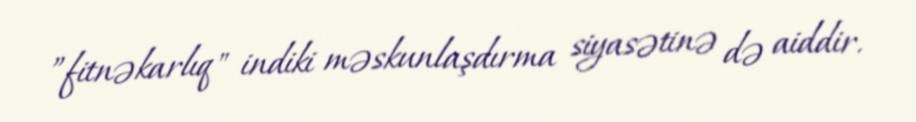
”fitnəkarlıq" indiki məskunlaşdırma siyasətinə də aiddir.